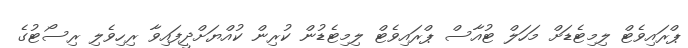
ޕްރައިވެޓް ލިމިޓެޑަށް މަހަލް ޓުއާސް ޕްރައިވެޓް ލިމިޓެޑުން ކުރިން ކުއްޔަށްދީފައިވާ ރިހިވެލި ރިސޯޓުގެ